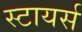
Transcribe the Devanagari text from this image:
स्टायर्स